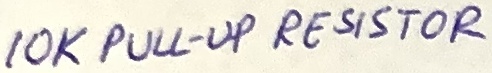
Text: 10K PULL-UP RESISTOR